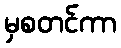
မှစတင်ကာ